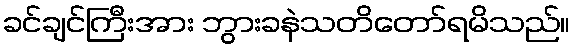
ခင်ချင်ကြီးအား ဘွားခနဲသတိတော်ရမိသည်။